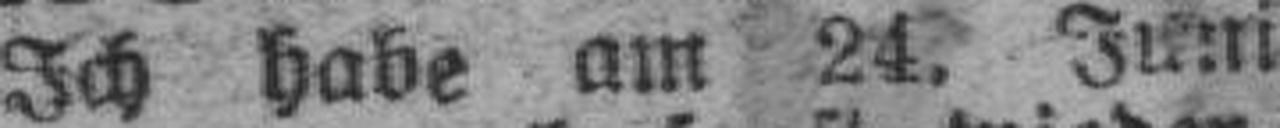
Ich habe am 24, Juni